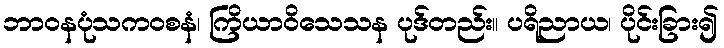
ဘာဝနပုံသကဝစနံ၊ ကြိယာဝိသေသန ပုဒ်တည်း။ ပရိညာယ၊ ပိုင်းခြား၍